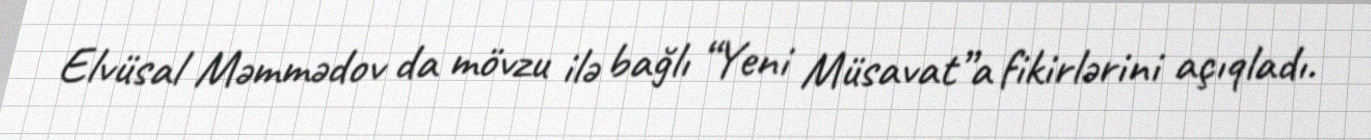
Elvüsal Məmmədov da mövzu ilə bağlı “Yeni Müsavat”a fikirlərini açıqladı.